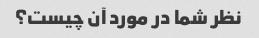
نظر شما در مورد آن چیست؟